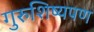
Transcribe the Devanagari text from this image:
गुरुशिष्यपण